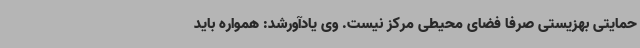
حمایتی بهزیستی صرفا فضای محیطی مرکز نیست. وی یادآورشد: همواره باید